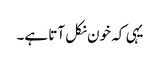
یہی کہ خون نکل آتا ہے۔